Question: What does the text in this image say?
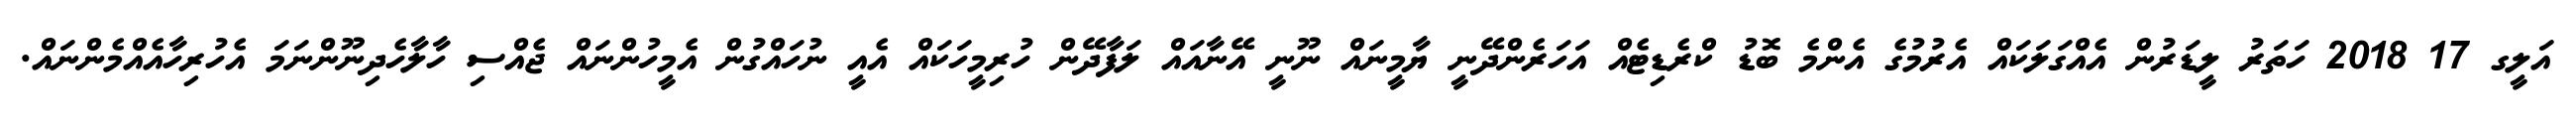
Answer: އަލީގ 17 2018 ހަތަރު ލީޑަރުން އެއްގަލަކައް އެރުމުގެ އެންމެ ބޮޑު ކްރެޑިޓެއް އަހަރެންދޭނީ ޔާމީނައް ނޫނީ އޭނާއައް ލަފާދޭން ހުރިމީހަކައް އެއީ ނުހައްގުން އެމީހުންނައް ޖެއްސި ހާލާހެދިނޫންނަމަ އެހުރިހާއެއްމެންނައް.